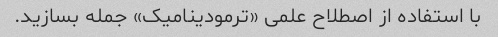
با استفاده از اصطلاح علمی «ترمودینامیک» جمله بسازید.